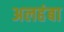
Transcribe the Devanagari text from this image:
अलहंबा